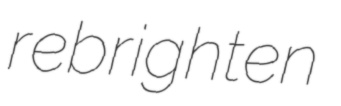
rebrighten